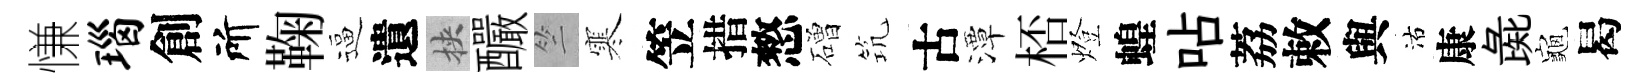
慊瑙創所鞠逼遺挾釅竺寒笠措憗磳𥬑古潭桮燈蝗呫荔敕與沽康彘龜曷